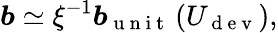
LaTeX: \boldsymbol{b}\simeq\xi^{-1}\boldsymbol{b}_{\mathrm{~u~n~i~t~}}\left(U_{\mathrm{~d~e~v~}}\right),